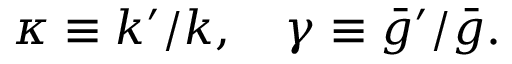
\kappa \equiv k ^ { \prime } / k , \quad \gamma \equiv \bar { g } ^ { \prime } / \bar { g } .